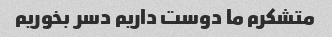
متشکرم ما دوست داریم دسر بخوریم